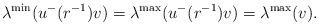
LaTeX: \begin{align*}\lambda^{\min}(u^{-}(r^{-1})v)=\lambda^{\max}(u^{-}(r^{-1})v)=\lambda^{\max}(v).\end{align*}